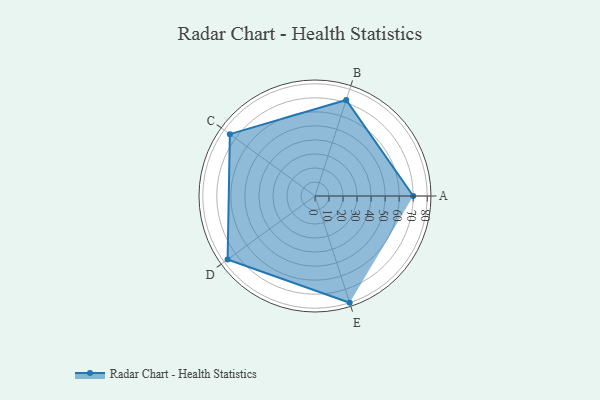
{"axis": {"x": "Skill", "y": "Score"}, "legend": ["Profile"], "data": [{"x": "A", "y": 70.0, "type": "Profile"}, {"x": "B", "y": 72.0, "type": "Profile"}, {"x": "C", "y": 75.0, "type": "Profile"}, {"x": "D", "y": 77.0, "type": "Profile"}, {"x": "E", "y": 80.0, "type": "Profile"}]}